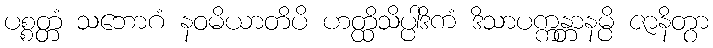
ပစ္စတ္တံ သဘောဂံ နဝမိယာတိပိ ဟတ္ထိသိပ္ပါဒိကံ ဒိသာပက္ကန္တာနမ္ပိ ဇာနိတွာ